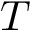
\boldsymbol { T }